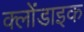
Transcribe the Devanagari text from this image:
क्लोंडाइक